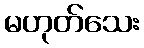
မဟုတ်သေး